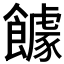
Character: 𲋠